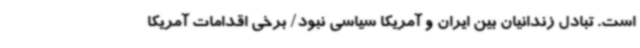
است. تبادل زندانیان بین ایران و آمریکا سیاسی نبود/ برخی اقدامات آمریکا